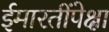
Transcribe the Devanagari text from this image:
ईमारतींपेक्षा